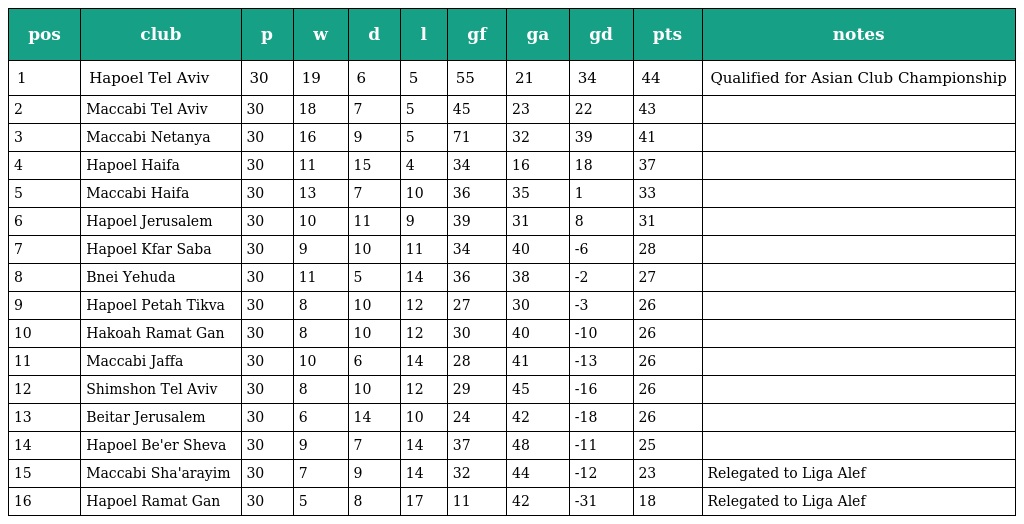
| pos | club | p | w | d | l | gf | ga | gd | pts | notes |
 | --- | --- | --- | --- | --- | --- | --- | --- | --- | --- | --- |
 | 1 | Hapoel Tel Aviv | 30 | 19 | 6 | 5 | 55 | 21 | 34 | 44 | Qualified for Asian Club Championship |
 | 2 | Maccabi Tel Aviv | 30 | 18 | 7 | 5 | 45 | 23 | 22 | 43 |  |
 | 3 | Maccabi Netanya | 30 | 16 | 9 | 5 | 71 | 32 | 39 | 41 |  |
 | 4 | Hapoel Haifa | 30 | 11 | 15 | 4 | 34 | 16 | 18 | 37 |  |
 | 5 | Maccabi Haifa | 30 | 13 | 7 | 10 | 36 | 35 | 1 | 33 |  |
 | 6 | Hapoel Jerusalem | 30 | 10 | 11 | 9 | 39 | 31 | 8 | 31 |  |
 | 7 | Hapoel Kfar Saba | 30 | 9 | 10 | 11 | 34 | 40 | -6 | 28 |  |
 | 8 | Bnei Yehuda | 30 | 11 | 5 | 14 | 36 | 38 | -2 | 27 |  |
 | 9 | Hapoel Petah Tikva | 30 | 8 | 10 | 12 | 27 | 30 | -3 | 26 |  |
 | 10 | Hakoah Ramat Gan | 30 | 8 | 10 | 12 | 30 | 40 | -10 | 26 |  |
 | 11 | Maccabi Jaffa | 30 | 10 | 6 | 14 | 28 | 41 | -13 | 26 |  |
 | 12 | Shimshon Tel Aviv | 30 | 8 | 10 | 12 | 29 | 45 | -16 | 26 |  |
 | 13 | Beitar Jerusalem | 30 | 6 | 14 | 10 | 24 | 42 | -18 | 26 |  |
 | 14 | Hapoel Be'er Sheva | 30 | 9 | 7 | 14 | 37 | 48 | -11 | 25 |  |
 | 15 | Maccabi Sha'arayim | 30 | 7 | 9 | 14 | 32 | 44 | -12 | 23 | Relegated to Liga Alef |
 | 16 | Hapoel Ramat Gan | 30 | 5 | 8 | 17 | 11 | 42 | -31 | 18 | Relegated to Liga Alef |